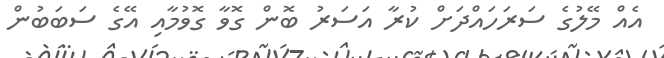
އެއް މޭލުގެ ސަރަހައްދަށް ކުރާ އަސަރު ބޮން ގޮވާ ގޮވުމާއި އޭގެ ސަބަބުން